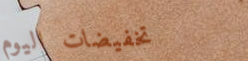
تخفيضات اليوم